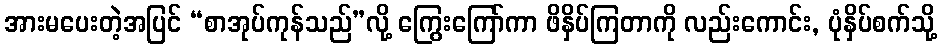
အားမပေးတဲ့အပြင် “စာအုပ်ကုန်သည်”လို့ ကြွေးကြော်ကာ ဖိနှိပ်ကြတာကို လည်းကောင်း, ပုံနှိပ်စက်သို့